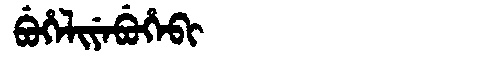
Manchu: ᠪᡠᡥᡝᠯᡳᠶᡝᠪᡠᡥᡝᠪᡳ
Romanization: BUHELIYEBUHEBI